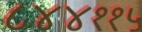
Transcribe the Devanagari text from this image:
८४४११५